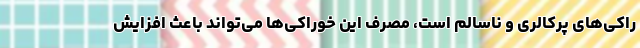
راکی‌های پرکالری و ناسالم است، مصرف این خوراکی‌ها می‌تواند باعث افزایش